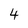
Character: 4